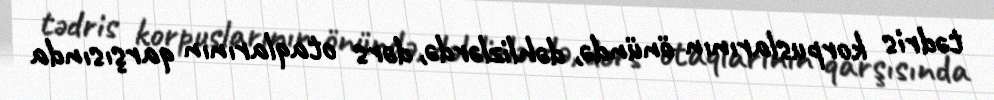
tədris korpuslarının önündə, dəhlizlərdə, dərs otaqlarının qarşısında